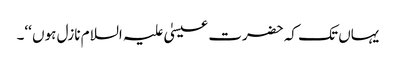
یہاں تک کہ حضرت عیسیٰ علیہ السلام نازل ہوں ‘‘۔